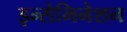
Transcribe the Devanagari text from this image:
इन्सेमिनेशन